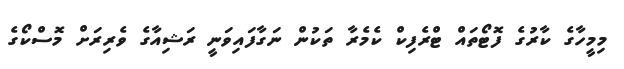
މިމީހާގެ ކާރުގެ ފޮޓޯތައް ޓްރެފިކް ކެމެރާ ތަކުން ނަގާފައިވަނީ ރަޝިއާގެ ވެރިރަށް މޮސްކޯގެ